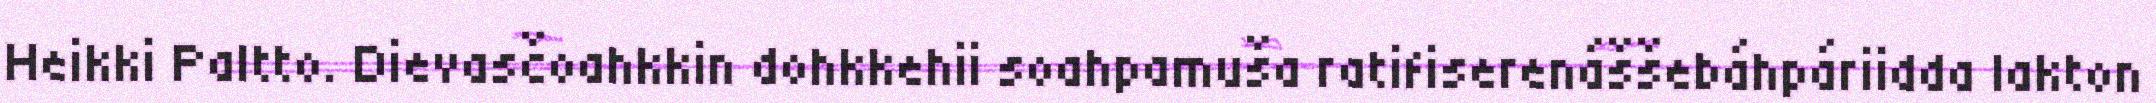
Heikki Paltto. Dievasčoahkkin dohkkehii soahpamuša ratifiserenáššebáhpáriidda lakton